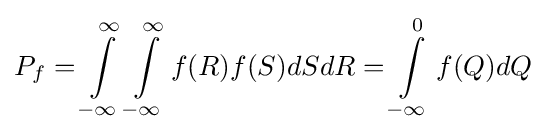
P_{f}=\int \limits _{-\infty }^{\infty }\int \limits _{-\infty }^{\infty }f(R)f(S)dSdR=\int \limits _{-\infty }^{0}f(Q)dQ